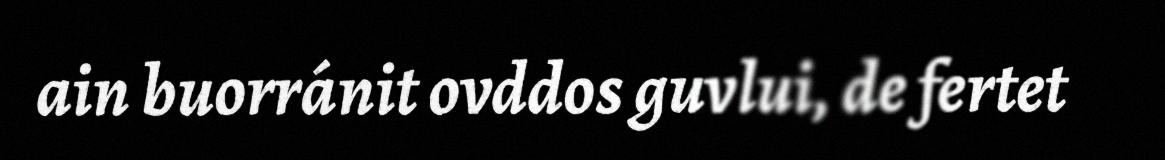
ain buorránit ovddos guvlui, de fertet